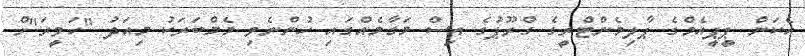
އެކަން ޕީޕީއެމްގެ ޕާލިމެންޓްރީގެ ގްރޫޕުގެ އިސް މަގާމެއްގައި ހުންނެވި މެމްބަރަކު މިއަދު "ހަވީރަ"ށް